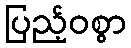
ပြည့်ဝစွာ